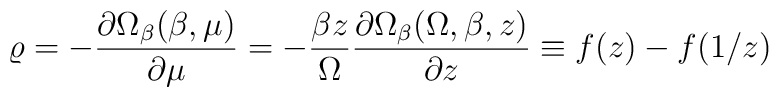
\varrho=-\frac{\partial\Omega_\beta(\beta,\mu)}{\partial\mu}=-\frac{\beta z}{\Omega} \frac{\partial\Omega_\beta(\Omega,\beta,z)}{\partial z}\equiv f(z)-f(1/z)